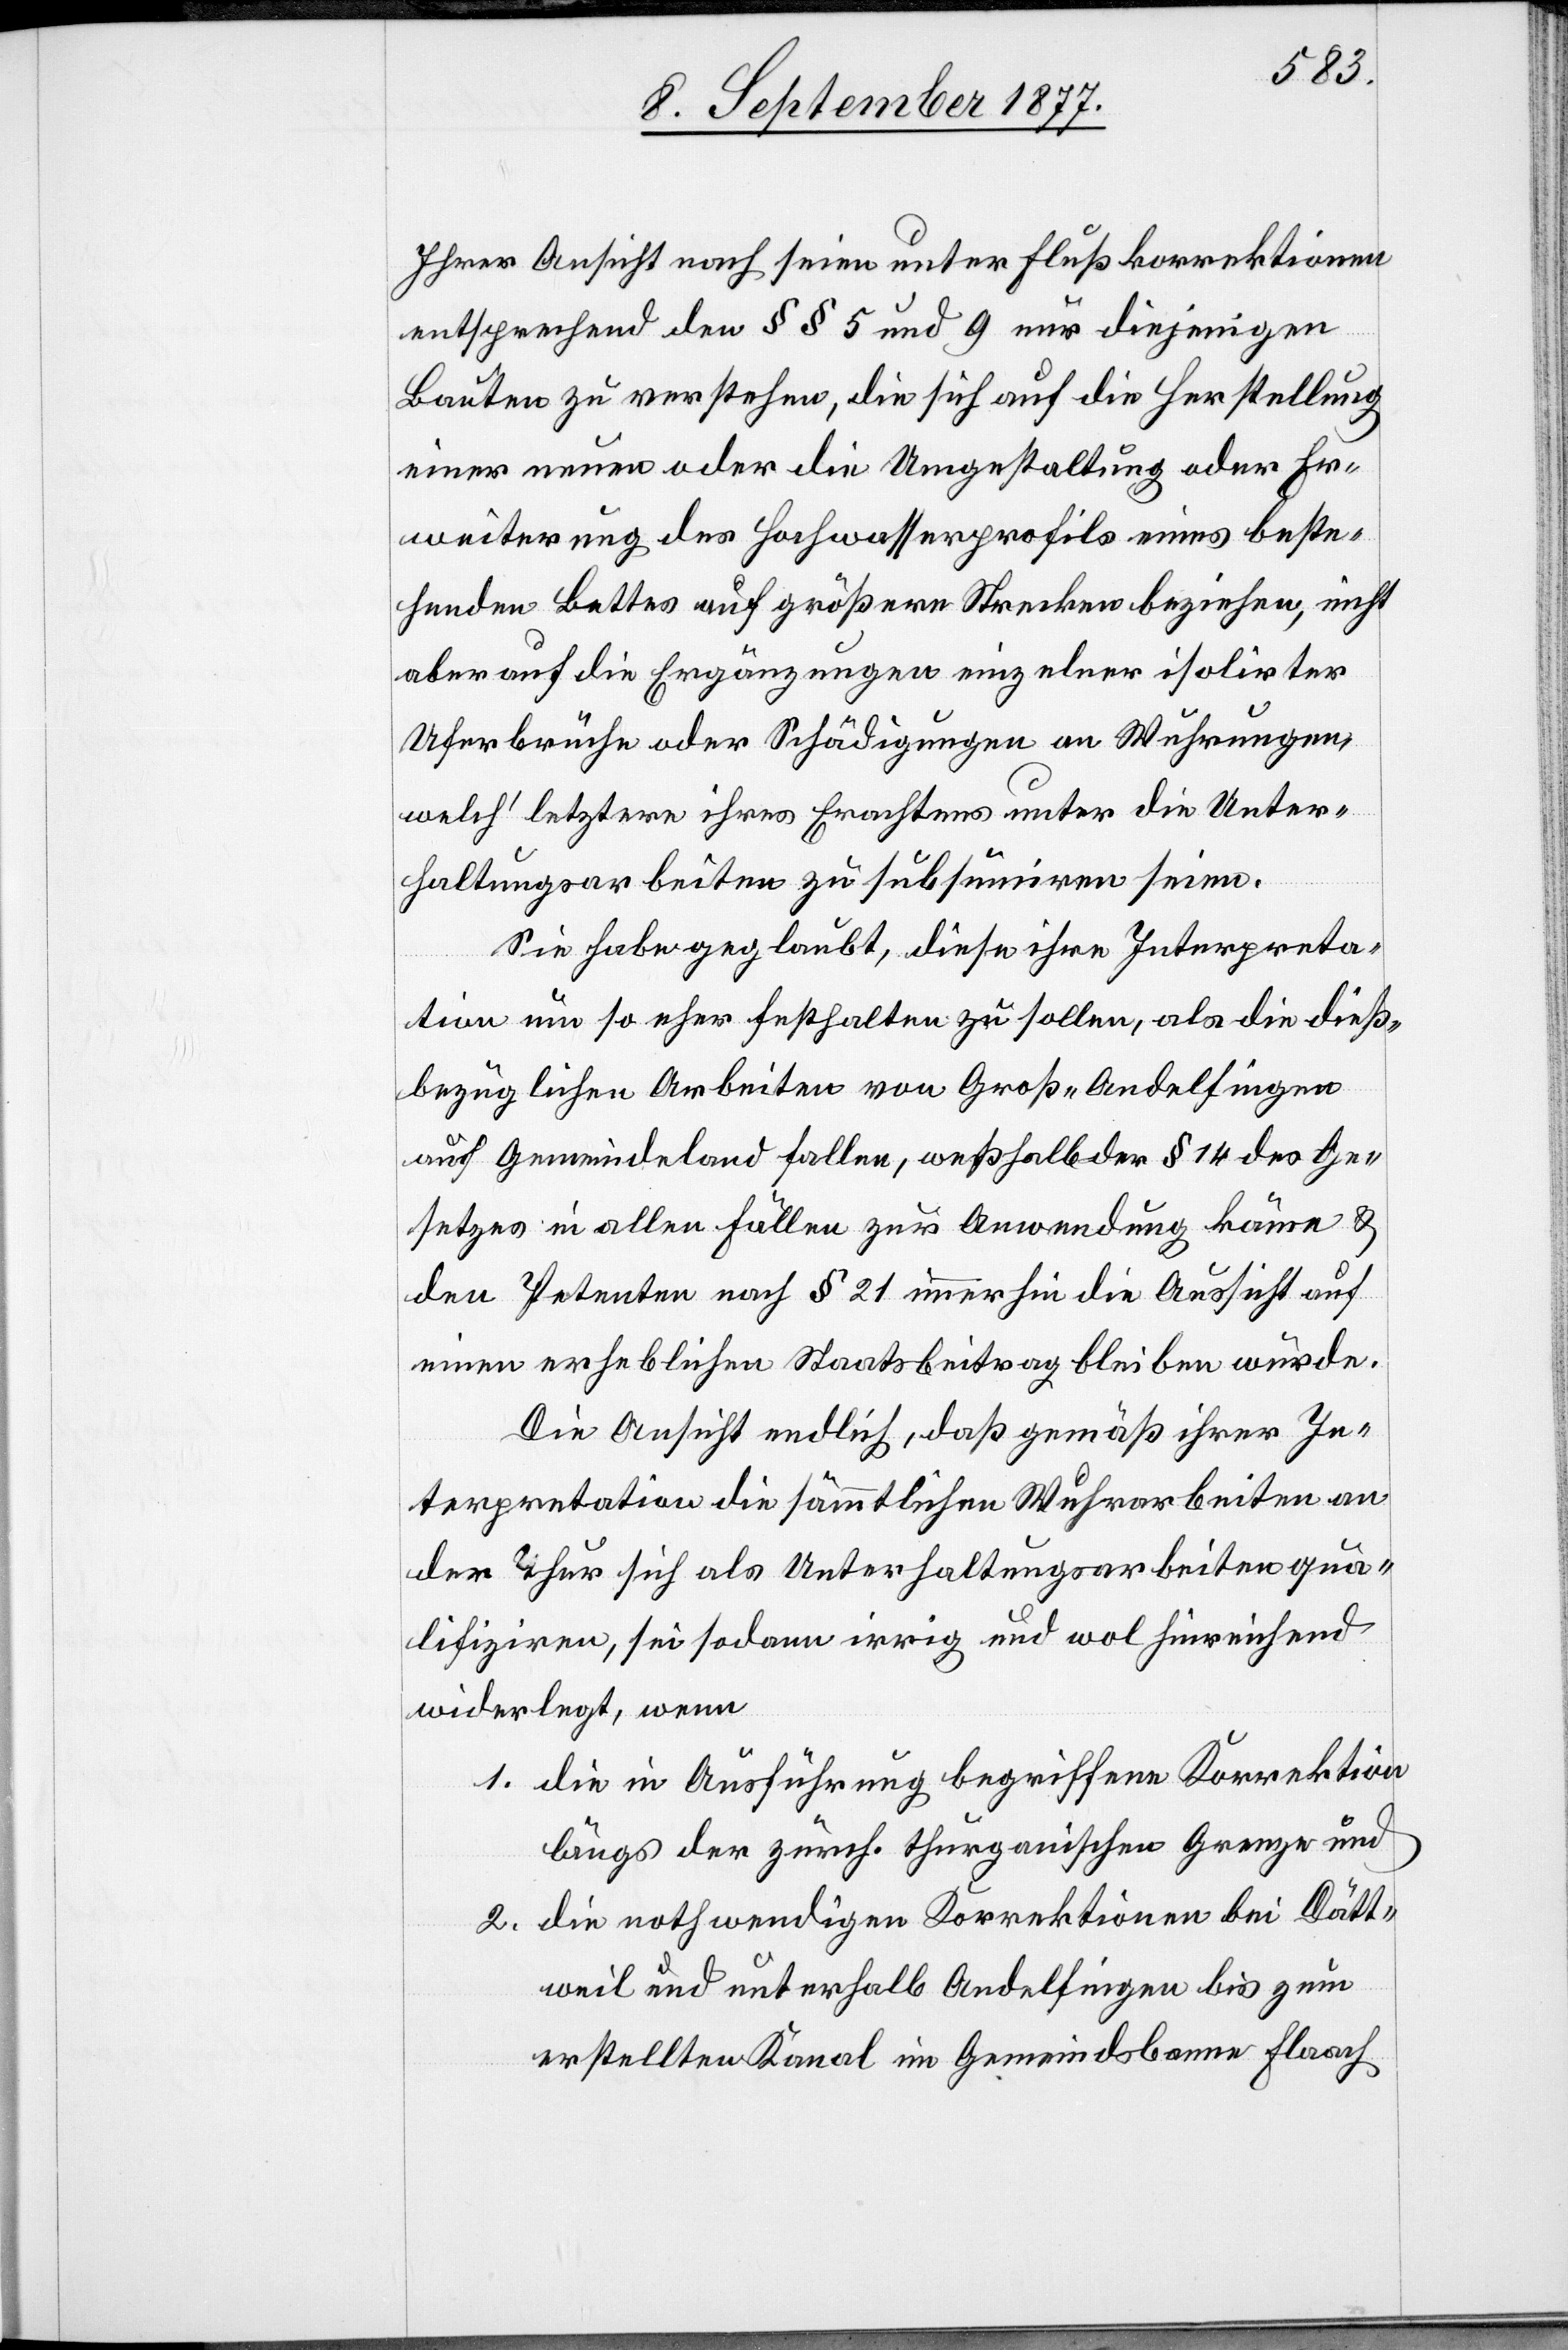
Ihrer Ansicht nach seien unter Flußkorrektionen
entsprechend den §§ 5 und 9 nur diejenigen
Bauten zu verstehen, die sich auf die Herstellung
eines] neuen oder die Umgestaltung oder Er¬
weiterung des Hochwasserprofils eines beste¬
henden Bettes auf größere Strecken beziehen, nicht
aber auf die Ergänzungen einzelner isolirter
Uferbrüche oder Schädigungen an Wuhrungen,
welch‘ letztere ihres Erachtens unter die Unter¬
haltungsarbeiten zu subsumiren seien.
Sie habe geglaubt, diese ihre Interpreta¬
tion um so eher festhalten zu sollen, als die dieß¬
bezüglichen Arbeiten von Groß-Andelfingen
auf Gemeindeland fallen, weßhalb der § 14 des Ge¬
setzes in allen Fällen zur Anwendung käme &
den Petenten nach § 21 immerhin die Aussicht auf
einen erheblichen Staatsbeitrag bleiben würde.
Die Ansicht endlich, daß gemäß ihrer In¬
terpretation die sämmtlichen Wuhrarbeiten an
der Thur sich als Unterhaltungsarbeiten qua¬
lifiziren, sei sodann irrig und wol hinreichend
widerlegt, wenn
die in Ausführung begriffene Korrektion
längs der zürch. thurgauischen Grenze und
die nothwendigen Korrektionen bei Dätt¬
weil und unterhalb Andelfingen bis zum
erstellten Kanal im Gemeindsbanne Flaach